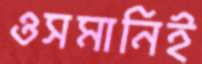
ওসমানিই